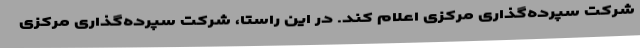
شرکت سپرده‌گذاری مرکزی اعلام کند. در این راستا، شرکت سپرده‌گذاری مرکزی